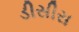
ડીસીસ